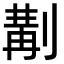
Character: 𠞣